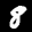
Label: 8